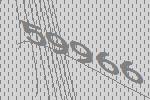
59966